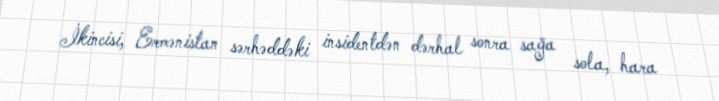
İkincisi, Ermənistan sərhəddəki insidentdən dərhal sonra sağa sola, hara